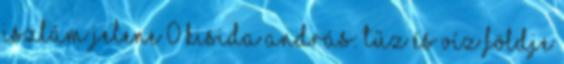
Iszlám jelene 0 Kisida András: Tűz és víz földje